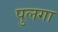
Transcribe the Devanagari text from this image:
पुलगा